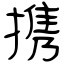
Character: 携